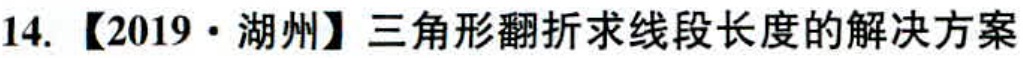
14. 【2019·湖州】三角形翻折求线段长度的解决方案